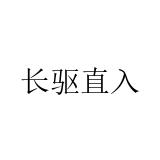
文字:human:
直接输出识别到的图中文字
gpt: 长驱直入